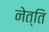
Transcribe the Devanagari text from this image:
नेत्ति